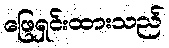
ဖြေရှင်းထားသည်